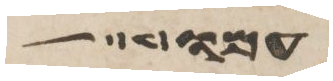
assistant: עמו